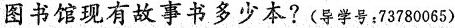
图书馆现有故事书多少本?(导学号：73780065)